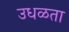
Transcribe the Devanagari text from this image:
उधळता